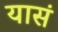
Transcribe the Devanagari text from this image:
यासं